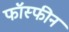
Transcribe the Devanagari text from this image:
फॉस्फीन